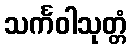
သင်္ကဝါသုတ္တံ